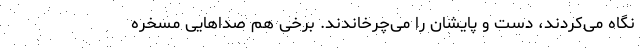
نگاه می‌کردند، دست ‌و پایشان را می‌چرخاندند. برخی هم صداهایی مسخره